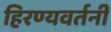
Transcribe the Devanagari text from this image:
हिरण्यवर्तनी